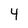
Character: 4